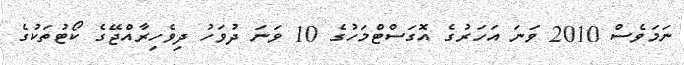
ނަމަވެސް 2010 ވަނަ އަހަރުގެ އޮގަސްޓްމަހުގެ 10 ވަނަ ދުވަހު ދިވެހިރާއްޖޭގެ ކޯޓުތަކުގެ